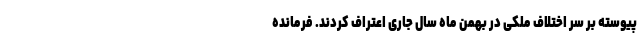
پیوسته بر سر اختلاف ملکی در بهمن ماه سال جاری اعتراف کردند. فرمانده